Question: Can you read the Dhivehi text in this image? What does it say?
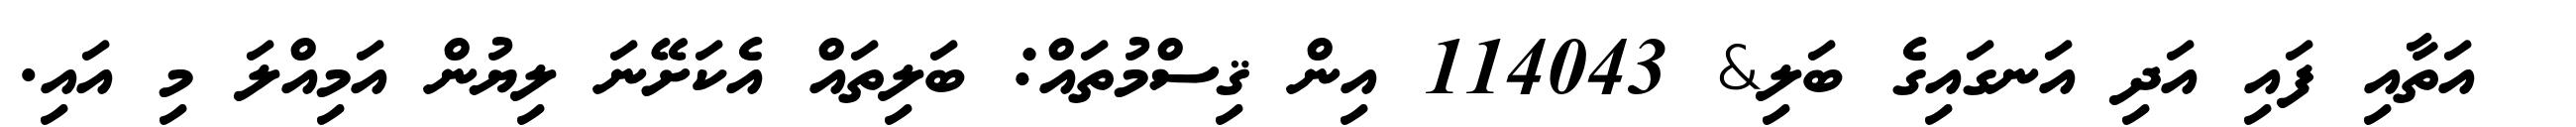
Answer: ? އަތާއި ފައި އަދި އަނގައިގެ ބަލި& 114043 އިން ޤިސްމުތައް: ބަލިތައް އެކަށޭނަ ލިޔުން އަމިއްލަ މި އައި.